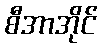
စီအာအိုင်